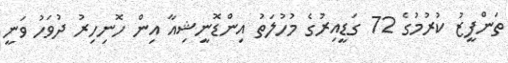
ތަންފީޒު ކުރުމުގެ 72 ގަޑީއިރުގެ މުހުލަތު އިންޑޮނީޝިއާ އިން ހޮނިހިރު ދުވަހު ވަނީ